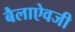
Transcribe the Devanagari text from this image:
बैलाऐवजी